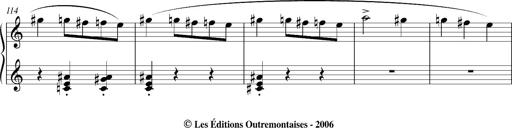
Title: Bagatelle sans tonalitÃ©
Composer: Franz Liszt